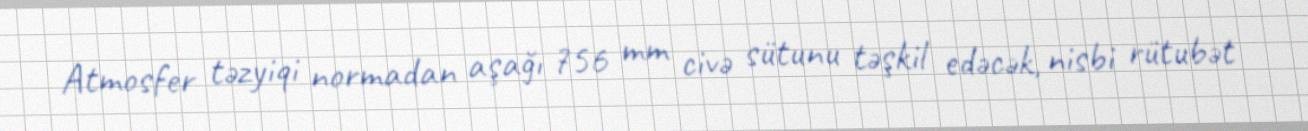
Atmosfer təzyiqi normadan aşağı 756 mm civə sütunu təşkil edəcək, nisbi rütubət